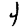
Digit: 4